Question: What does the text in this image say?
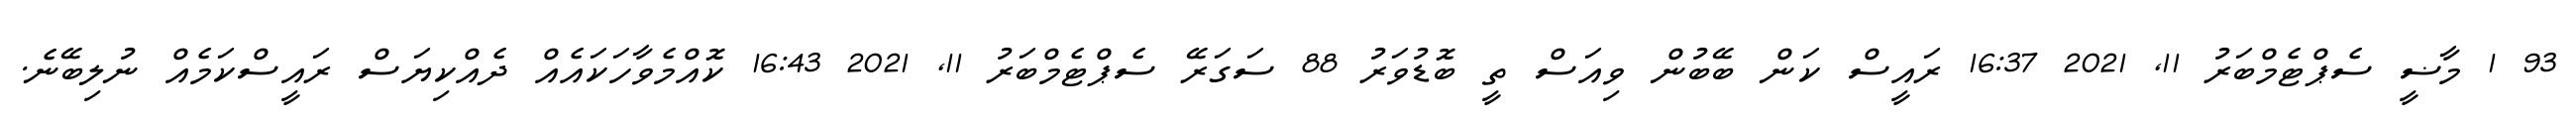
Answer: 93 1 މާޟީ ސެޕްޓެމްބަރު 11, 2021 16:37 ރައީސް ކަން ބޭބުން ވިއަސް ތީ ބޮޑުވަރު 88 ސަގަރޭ ސެޕްޓެމްބަރު 11, 2021 16:43 ކޮއްމެވާހަކައެއް ދެއްކިޔަސް ރައީސްކަމެއް ނުލިބޭނެ.